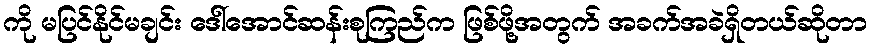
ကို မပြင်နိုင်မချင်း ဒေါ်အောင်ဆန်းစုကြည်က ဖြစ်ဖို့အတွက် အခက်အခဲရှိတယ်ဆိုတာ